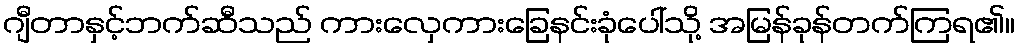
ဂျီတာနှင့်ဘက်ဆီသည် ကားလှေကားခြေနင်းခုံပေါ်သို့ အမြန်ခုန်တက်ကြရ၏။